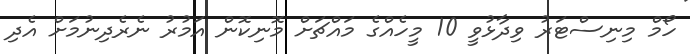
ހޯމް މިނިސްޓަރު ވިދާޅުވީ 10 މީހެއްގެ މައްޗަށް މޮނިކޮން އަމުރު ނެރެދިނުމަށް އެދި